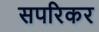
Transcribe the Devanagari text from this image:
सपरिकर